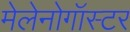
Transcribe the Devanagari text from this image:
मेलेनोगॉस्टर